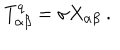
LaTeX: T _ { \alpha \beta } ^ { q } = \sigma X _ { \alpha \beta } \ .